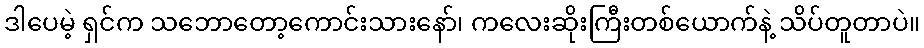
ဒါပေမဲ့ ရှင်က သဘောတော့ကောင်းသားနော်၊ ကလေးဆိုးကြီးတစ်ယောက်နဲ့ သိပ်တူတာပဲ။